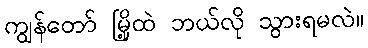
ကျွန်တော် မြို့ထဲ ဘယ်လို သွားရမလဲ။